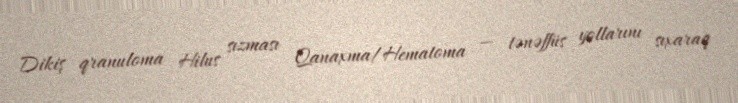
Dikiş qranuloma Hilus sızması Qanaxma/Hematoma — tənəffüs yollarını sıxaraq